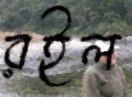
রইল